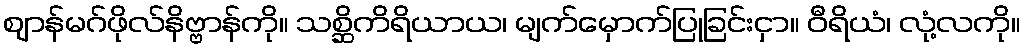
ဈာန်မဂ်ဖိုလ်နိဗ္ဗာန်ကို။ သစ္ဆိကိရိယာယ၊ မျက်မှောက်ပြုခြင်းငှာ။ ဝီရိယံ၊ လုံ့လကို။